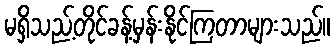
မရှိသည့်တိုင်ခန့်မှန်းနိုင်ကြတာများသည်။